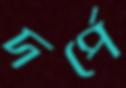
দর্পে